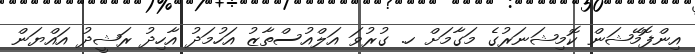
އިންފޮމޭޝަން ކޮމިޝަނަރުގެ މަގާމަށް ހ. ގުރުވަ އަލްއުސްތާޒު އަހުމަދު އާހިދު ރަޝީދު އައްޔަން